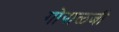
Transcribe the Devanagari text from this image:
गोपाळजी